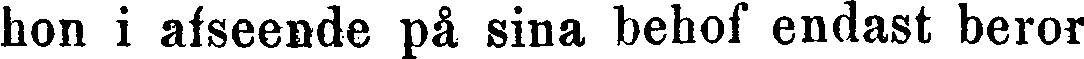
hon i afseende på sina behof endast beror